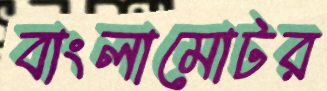
বাংলামোটর